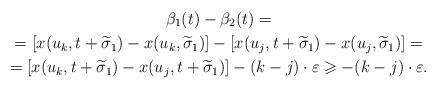
LaTeX: \begin{gather*}\beta_1(t)-\beta_2(t)=\\=[x(u_k,t+\widetilde{\sigma}_1)-x(u_k,\widetilde{\sigma}_1)]- [x(u_j,t+\widetilde{\sigma}_1)-x(u_j,\widetilde{\sigma}_1)]=\\=[x(u_k,t+\widetilde{\sigma}_1)-x(u_j,t+\widetilde{\sigma}_1)]-(k-j) \cdot \varepsilon\geqslant -(k-j) \cdot \varepsilon.\end{gather*}